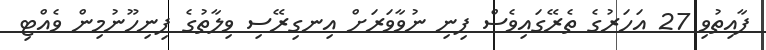
ފާއިތުވި 27 އަހަރުގެ ތެރޭގައިވެސް ފިނި ނުވާވަރަށް އިނގިރޭސި ވިލާތުގެ ފިނިހޫނުމިން ވެއްޓި